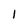
Character: 1